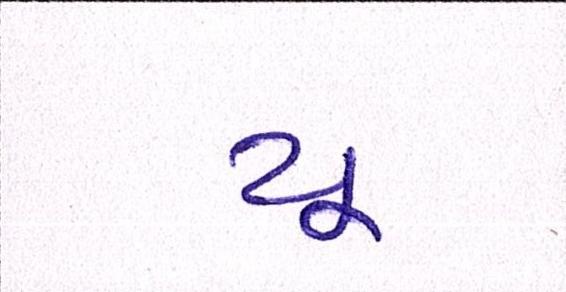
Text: યૂ